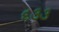
૬૩૩